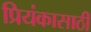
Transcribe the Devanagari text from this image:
प्रियंकासाठी